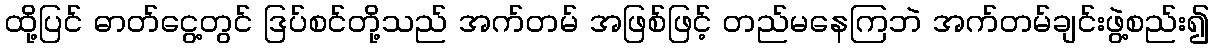
ထို့ပြင် ဓာတ်ငွေ့တွင် ဒြပ်စင်တို့သည် အက်တမ် အဖြစ်ဖြင့် တည်မနေကြဘဲ အက်တမ်ချင်းဖွဲ့စည်း၍